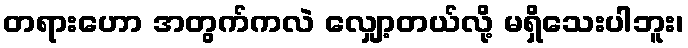
တရားဟော အတွက်ကလဲ လျှော့တယ်လို့ မရှိသေးပါဘူး၊